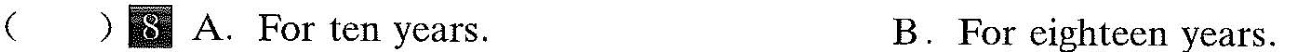
()8 A.For ten years. B.For eighteen years.